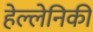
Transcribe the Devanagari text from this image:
हेल्लेनिकी